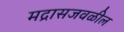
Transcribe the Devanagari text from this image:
मद्रासजवळील